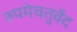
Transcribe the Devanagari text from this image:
रुपमेचतुर्वेद